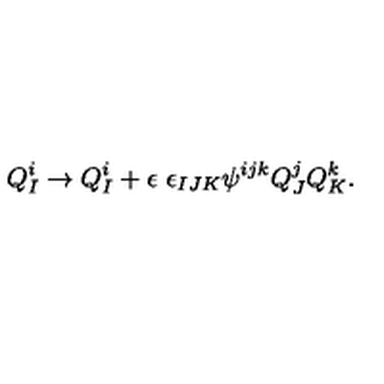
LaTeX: Q _ { I } ^ { i } \to Q _ { I } ^ { i } + \epsilon \ \epsilon _ { I J K } \psi ^ { i j k } Q _ { J } ^ { j } Q _ { K } ^ { k } .